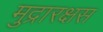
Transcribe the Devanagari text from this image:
मुद्रारक्षस